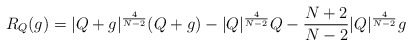
\begin{align*} R_{Q}(g)=|Q+g|^{\frac{4}{N-2}}(Q+g)-|Q|^{\frac{4}{N-2}}Q-\frac{N+2}{N-2}|Q|^{\frac{4}{N-2}}g \end{align*}